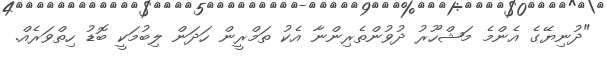
"ދުނިޔޭގެ އެންމެ މަޝްހޫރު ދުވުންތެރިންނާ އެކު ތަމްރީން ހަދަން ލިބުމަކީ ބޮޑު ހިތްވަރެއް.